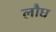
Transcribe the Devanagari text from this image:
लौघ